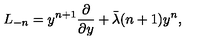
L _ { - n } = y ^ { n + 1 } { \frac { \partial } { \partial y } } + \bar { \lambda } ( n + 1 ) y ^ { n } ,